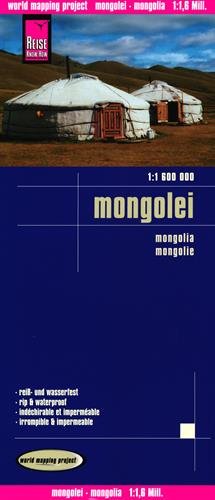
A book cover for Mongolia; Reise Know-How Verlag; Travel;